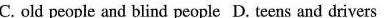
C. old people and blind people D. Teens and drivers